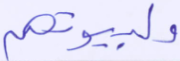
ولبيوتهم